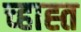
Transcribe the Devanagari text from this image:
च्हाह्त